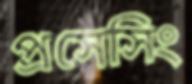
প্রসেসিং